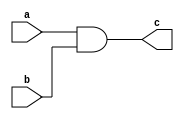
`timescale 1ns / 1ns
module xorgate(c,a,b);
input a,b;
output c;
and(c,a,b);
endmodule